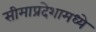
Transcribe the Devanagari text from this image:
सीमाप्रदेशामध्ये